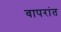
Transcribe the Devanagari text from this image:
वापरांत